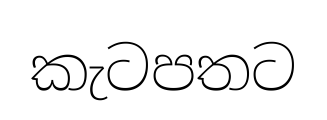
කැටපතට